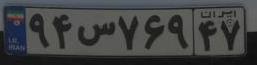
۹۴س۷۶۹۴۷